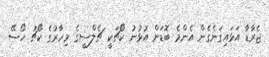
ޖެރާޑާ އަޅައިގަނެގެން އެންމެ ބޮޑަށް އުޅުނު ކޯޗަކީ ޗެލްސީގެ މިހާރުގެ ކޯޗު ހޯސޭ